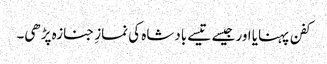
کفن پہنایا اور جیسے تیسے بادشاہ کی نمازِ جنازہ پڑھی۔